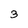
Character: 3